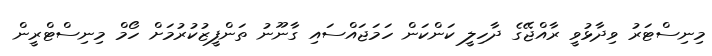
މިނިސްޓަރު ވިދާޅުވީ ރާއްޖޭގެ ދާހިލީ ކަންކަން ހަމަޖައްސައި ގާނޫނު ތަންފީޒުކުރުމަށް ހޯމް މިނިސްޓްރީން